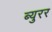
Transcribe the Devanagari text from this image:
ब्युरर